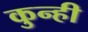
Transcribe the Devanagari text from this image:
कुन्ही